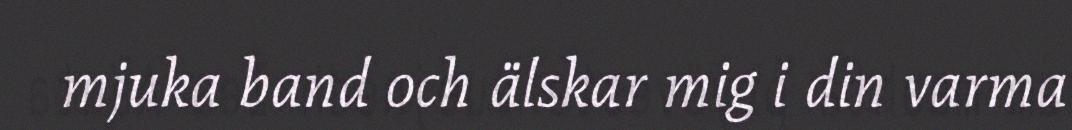
mjuka band och älskar mig i din varma